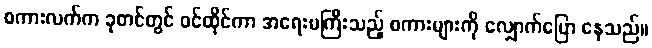
စကားလက်က ခုတင်တွင် ဝင်ထိုင်ကာ အရေးမကြီးသည့် စကားများကို လျှောက်ပြော နေသည်။